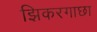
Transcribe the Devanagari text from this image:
झिकरगाछा